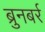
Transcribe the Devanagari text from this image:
ब्रुनबर्र